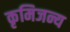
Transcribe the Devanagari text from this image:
कृमिजन्य